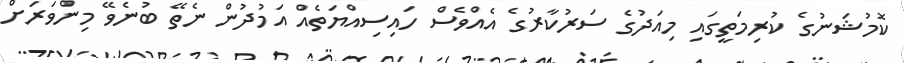
ކޮމުޝަނުގެ ކުރިމަތީގައި މިއަދުގެ ސަރުކާރުގެ އެއްވެސް ހައިސިއްޔަތެއް އަމުދުން ނެތޭ ބުނެވޭ މިންވަރަށް